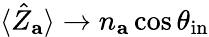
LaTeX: \langle\hat{Z}_{\mathbf{a}}\rangle\rightarrow n_{\mathbf{a}}\cos\theta_{\mathrm{in}}